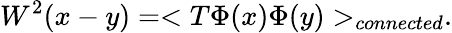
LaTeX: W^{2}(x-y)=<T\Phi(x)\Phi(y)>_{connected}.